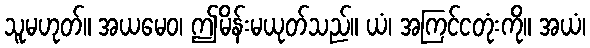
သူမဟုတ်။ အယမေဝ၊ ဤမိန်းမယုတ်သည်။ ယံ၊ အကြင်ငတုံးကို။ အယံ၊